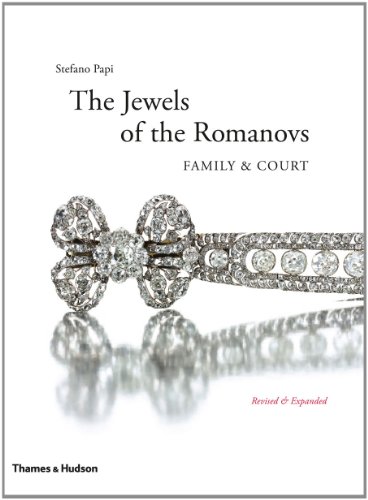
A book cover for Jewels of the Romanovs: Family & Court; Stefano Papi; Crafts, Hobbies & Home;